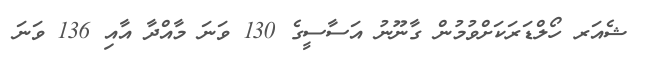
ޝެއަރ ހޯލްޑަރަކަށްވުމުން ގާނޫނު އަސާސީގެ 130 ވަނަ މާއްދާ އާއި 136 ވަނަ